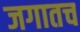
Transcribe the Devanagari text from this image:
जगातच